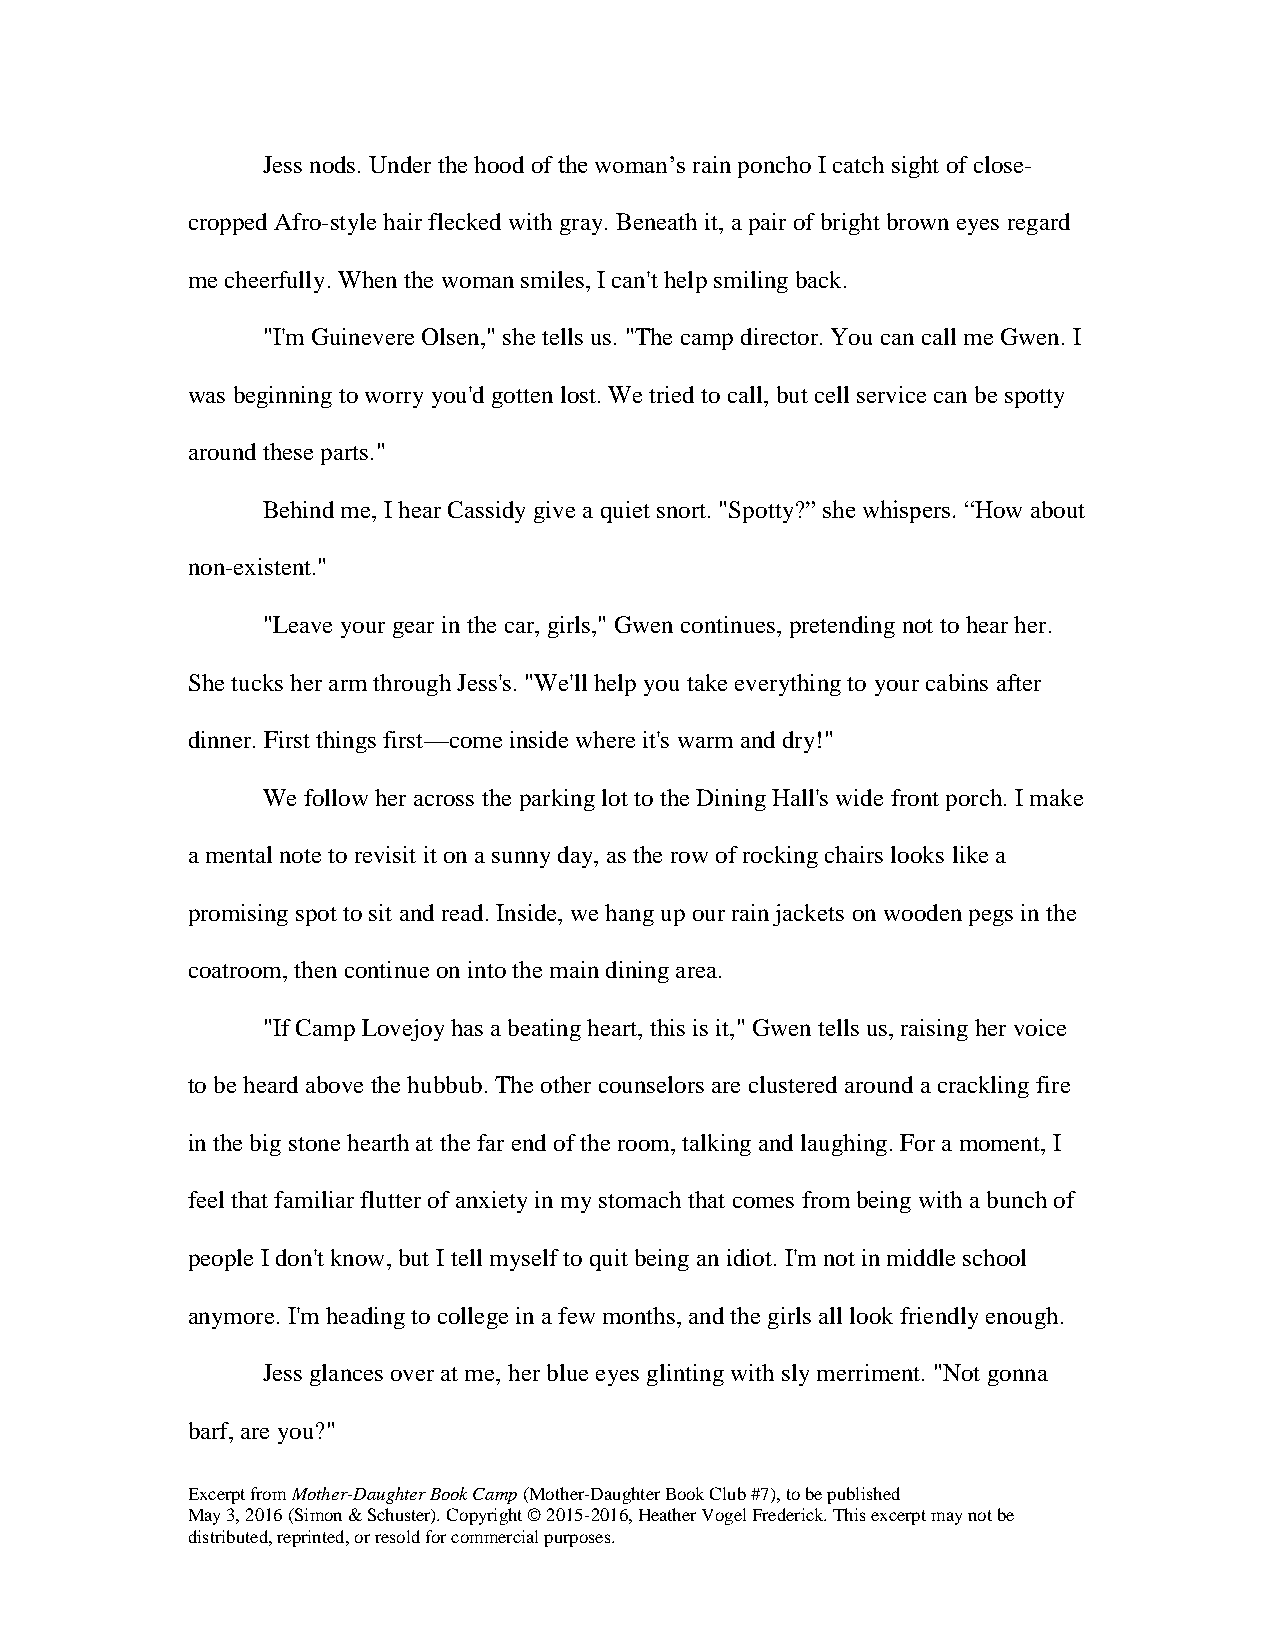
Jess nods. Under the hood of the woman’s rain poncho I catch sight of close-
 cropped Afro-style hair flecked with gray. Beneath it, a pair of bright brown eyes regard
 me cheerfully. When the woman smiles, I can't help smiling back.
 "I'm Guinevere Olsen," she tells us. "The camp director. You can call me Gwen. I
 was beginning to worry you'd gotten lost. We tried to call, but cell service can be spotty
 around these parts."
 Behind me, I hear Cassidy give a quiet snort. "Spotty?” she whispers. “How about
 non-existent."
 "Leave your gear in the car, girls," Gwen continues, pretending not to hear her.
 She tucks her arm through Jess's. "We'll help you take everything to your cabins after
 dinner. First things first—come inside where it's warm and dry!"
 We follow her across the parking lot to the Dining Hall's wide front porch. I make
 a mental note to revisit it on a sunny day, as the row of rocking chairs looks like a
 promising spot to sit and read. Inside, we hang up our rain jackets on wooden pegs in the
 coatroom, then continue on into the main dining area.
 "If Camp Lovejoy has a beating heart, this is it," Gwen tells us, raising her voice
 to be heard above the hubbub. The other counselors are clustered around a crackling fire
 in the big stone hearth at the far end of the room, talking and laughing. For a moment, I
 feel that familiar flutter of anxiety in my stomach that comes from being with a bunch of
 people I don't know, but I tell myself to quit being an idiot. I'm not in middle school
 anymore. I'm heading to college in a few months, and the girls all look friendly enough.
 Jess glances over at me, her blue eyes glinting with sly merriment. "Not gonna
 barf, are you?"
 Excerpt from Mother-Daughter Book Camp (Mother-Daughter Book Club #7), to be published
 May 3, 2016 (Simon & Schuster). Copyright © 2015-2016, Heather Vogel Frederick. This excerpt may not be
 distributed, reprinted, or resold for commercial purposes.